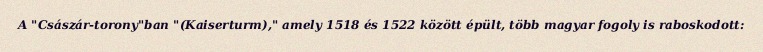
A "Császár-torony"ban "(Kaiserturm)," amely 1518 és 1522 között épült, több magyar fogoly is raboskodott: